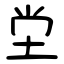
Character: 坣